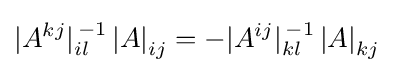
|A^{kj}|_{il}^{\,-1}\left|A\right|_{ij}=-|A^{ij}|_{kl}^{\,-1}\left|A\right|_{kj}